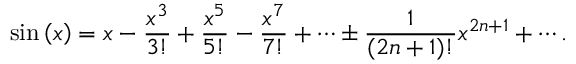
\sin \left( x \right) = x - { \frac { x ^ { 3 } } { 3 ! } } + { \frac { x ^ { 5 } } { 5 ! } } - { \frac { x ^ { 7 } } { 7 ! } } + \cdots \pm { \frac { 1 } { ( 2 n + 1 ) ! } } x ^ { 2 n + 1 } + \cdots .